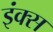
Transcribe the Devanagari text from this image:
इंक्स